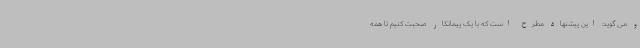
و می گوید: این پیشنهاد مطرح است که با یک پیمانکار صحبت کنیم تا همه